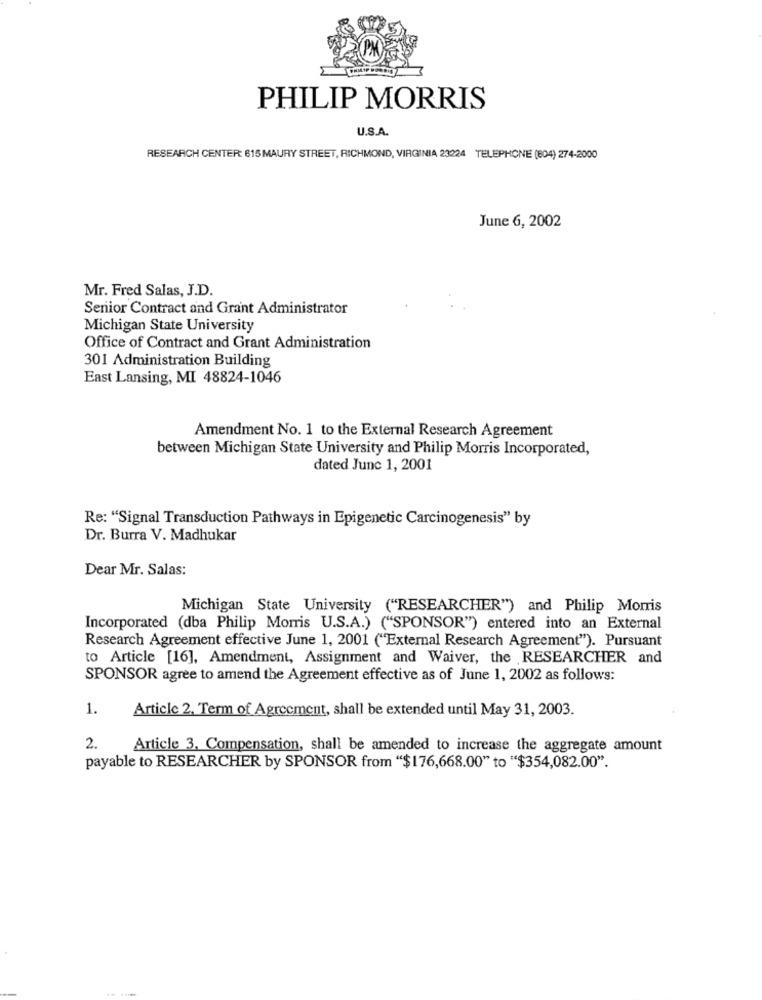
PHILIP MORRIS
U.S.A.
RESEARCH CENTER 615 MAURY STREET, RICHMOND, VIRGINIA 23224 TELEPHONE (804) 274-2000
June 6, 2002
Mr. Fred Salas, J.D.
Senior Contract and Grant Administrator
Michigan State University
Office of Contract and Grant Administration
301 Administration Building
East Lansing, MI 48824-1046
Amendment No. 1 to the External Research Agreement
between Michigan State University and Philip Morris Incorporated,
dated Junc 1, 2001
Re: "Signal Transduction Pathways in Epigenetic Carcinogenesis" by
Dr. Burra V. Madhukar
Dear Mr. Salas:
Michigan State University ("RESEARCHER") and Philip Morris
Incorporated (dba Philip Morris U.S.A.) ("SPONSOR") entered into an External
Research Agreement effective June 1, 2001 ("External Research Agreement"). Pursuant
to Article [16], Amendment, Assignment and Waiver, the RESEARCHER and
SPONSOR agree to amend the Agreement effective as of June 1, 2002 as follows:
1.
Article 2. Term of Agreement, shall be extended until May 31, 2003.
2.
Article 3, Compensation, shall be amended to increase the aggregate amount
payable to RESEARCHER by SPONSOR from "$176,668.00" to "$354,082.00".